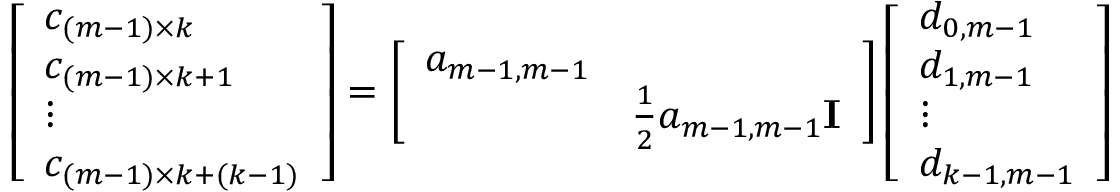
\begin{array} { r } { \left[ \begin{array} { l } { c _ { ( m - 1 ) \times k } } \\ { c _ { ( m - 1 ) \times k + 1 } } \\ { \vdots } \\ { c _ { ( m - 1 ) \times k + ( k - 1 ) } } \end{array} \right] = \left[ \begin{array} { l l } { a _ { m - 1 , m - 1 } } & \\ & { \frac { 1 } { 2 } a _ { m - 1 , m - 1 } { \bf I } } \end{array} \right] \left[ \begin{array} { l } { d _ { 0 , m - 1 } } \\ { d _ { 1 , m - 1 } } \\ { \vdots } \\ { d _ { k - 1 , m - 1 } } \end{array} \right] } \end{array}